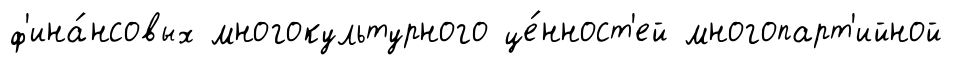
ф'ина́нсовых многокультурного це́нност'ей многопарт'ийной